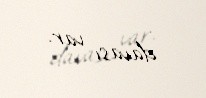
davası var.